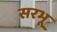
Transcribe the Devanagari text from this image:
सरभू